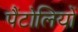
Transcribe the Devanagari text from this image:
पैंटोलियों